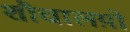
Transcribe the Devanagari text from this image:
शौचालय़ों